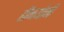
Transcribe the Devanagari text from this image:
हीनयोनी